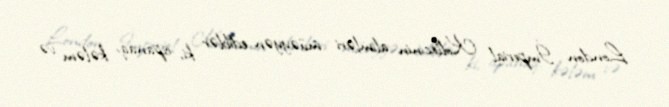
London İmperial Kollecinin alimləri müəyyən ediblər ki, ispanaq, kələm və